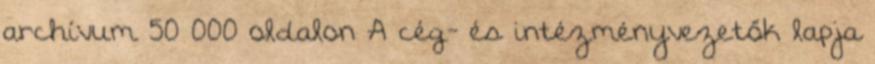
archívum 50 000 oldalon A cég- és intézményvezetők lapja